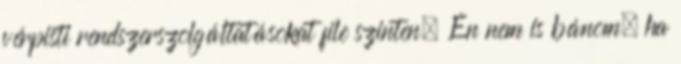
vérpisti rendszerszolgáltatásokat file szinten. Én nem is bánom, ha